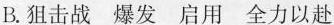
B.狙击战 爆发 启用 全力以赴